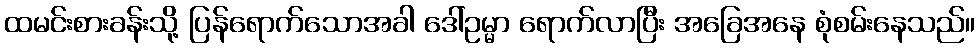
ထမင်းစားခန်းသို့ ပြန်ရောက်သောအခါ ဒေါ်ဥမ္မာ ရောက်လာပြီး အခြေအနေ စုံစမ်းနေသည်။